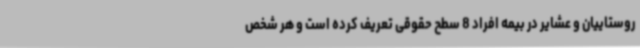
روستاییان و عشایر در بیمه افراد 8 سطح حقوقی تعریف کرده است و هر شخص